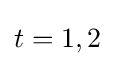
t=1,2